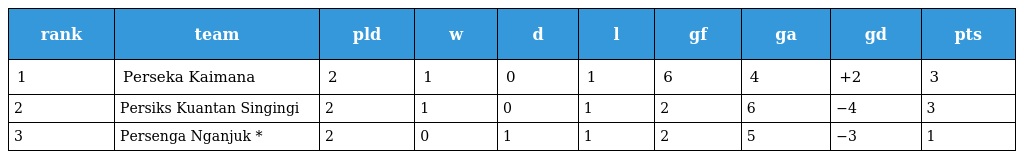
| rank | team | pld | w | d | l | gf | ga | gd | pts |
 | --- | --- | --- | --- | --- | --- | --- | --- | --- | --- |
 | 1 | Perseka Kaimana | 2 | 1 | 0 | 1 | 6 | 4 | +2 | 3 |
 | 2 | Persiks Kuantan Singingi | 2 | 1 | 0 | 1 | 2 | 6 | −4 | 3 |
 | 3 | Persenga Nganjuk * | 2 | 0 | 1 | 1 | 2 | 5 | −3 | 1 |